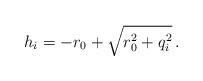
LaTeX: \begin{align*}h_{i} =-r_{0} +\sqrt{r_{0}^{2} +q_{i}^{2}}\, .\end{align*}